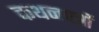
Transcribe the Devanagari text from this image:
कथनपत्रों